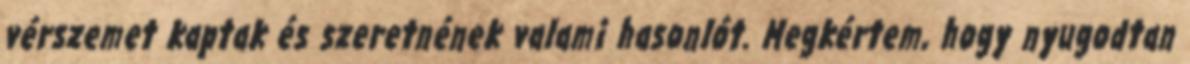
vérszemet kaptak és szeretnének valami hasonlót. Megkértem, hogy nyugodtan